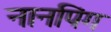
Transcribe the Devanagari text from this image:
नानपिंग